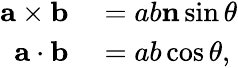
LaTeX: \begin{array}{rl}{\mathbf{a}\times\mathbf{b}}&{{}=ab\mathbf{n}\sin{\theta}}\\ {\mathbf{a}\cdot\mathbf{b}}&{{}=ab\cos{\theta},}\end{array}